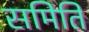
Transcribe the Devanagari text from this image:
समिति